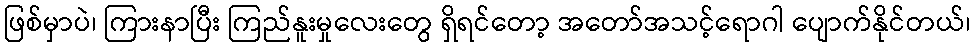
ဖြစ်မှာပဲ၊ ကြားနာပြီး ကြည်နူးမှုလေးတွေ ရှိရင်တော့ အတော်အသင့်ရောဂါ ပျောက်နိုင်တယ်၊